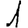
Digit: 1